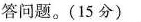
答问题。(15分)